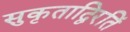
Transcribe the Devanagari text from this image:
सुकृताद्विरतिं